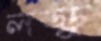
লড্ডু